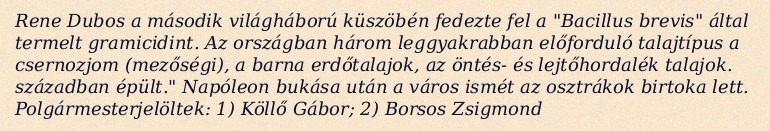
Rene Dubos a második világháború küszöbén fedezte fel a "Bacillus brevis" által termelt gramicidint. Az országban három leggyakrabban előforduló talajtípus a csernozjom (mezőségi), a barna erdőtalajok, az öntés- és lejtőhordalék talajok. században épült." Napóleon bukása után a város ismét az osztrákok birtoka lett. Polgármesterjelöltek: 1) Köllő Gábor; 2) Borsos Zsigmond